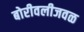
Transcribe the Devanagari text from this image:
बोरीवलीजवळ